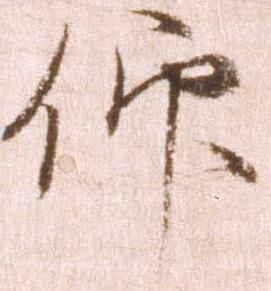
仰